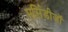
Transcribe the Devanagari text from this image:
मर्सिडीजॉ